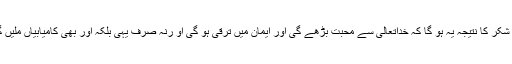
اس شکر کا نتیجہ یہ ہو گا کہ خداتعالیٰ سے محبت بڑھے گی اور ایمان میں ترقی ہو گی او رنہ صرف یہی بلکہ اور بھی کامیابیاں ملیں گی۔